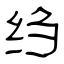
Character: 绉